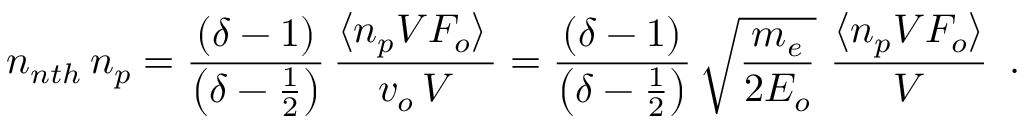
n _ { n t h } \, n _ { p } = \frac { ( \delta - 1 ) } { \left( \delta - \frac { 1 } { 2 } \right) } \, \frac { \langle n _ { p } V { \cal F } _ { o } \rangle \, } { v _ { o } \, V } = \frac { ( \delta - 1 ) } { \left( \delta - \frac { 1 } { 2 } \right) } \, \sqrt { \frac { m _ { e } } { 2 E _ { o } } } \, \, \frac { \langle n _ { p } V { \cal F } _ { o } \rangle } { V } \, \, \, .